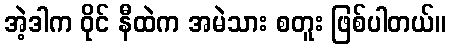
အဲ့ဒါက ဝိုင် နီထဲက အမဲသား စတူး ဖြစ်ပါတယ်။